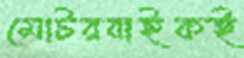
মোটরবাইকই